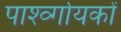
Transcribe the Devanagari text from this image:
पार्श्व्गायकों